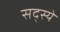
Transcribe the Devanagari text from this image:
सद्स्ये